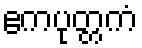
ဧကပုတ္တကံ